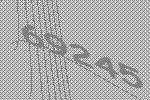
69245